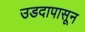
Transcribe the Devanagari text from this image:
उडदापासून